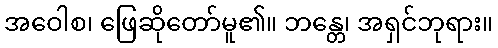
အဝေါစ၊ ဖြေဆိုတော်မူ၏။ ဘန္တေ၊ အရှင်ဘုရား။